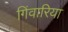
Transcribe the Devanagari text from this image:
गिंवारिया